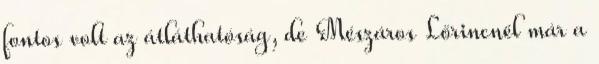
fontos volt az átláthatóság, de Mészáros Lőrincnél már a